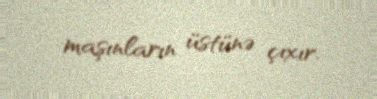
maşınların üstünə çıxır.